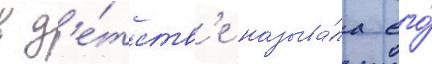
в д'е́тств'е называ́ла его́